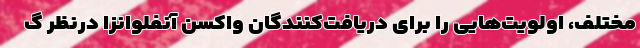
مختلف، اولویت‌هایی را برای دریافت‌کنندگان واکسن آنفلوانزا درنظر گ